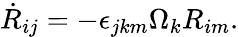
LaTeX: \begin{array}{r}{\dot{R}_{ij}=-\epsilon_{jkm}\Omega_{k}R_{im}.}\end{array}